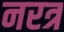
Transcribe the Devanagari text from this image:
नरत्र